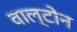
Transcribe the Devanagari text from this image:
वाल्टोन